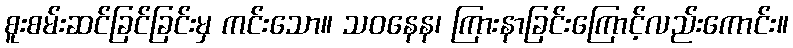
စူးစမ်းဆင်ခြင်ခြင်းမှ ကင်းသော။ သဝနေန၊ ကြားနာခြင်းကြောင့်လည်းကောင်း။